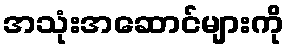
အသုံးအဆောင်များကို